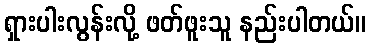
ရှားပါးလွန်းလို့ ဖတ်ဖူးသူ နည်းပါတယ်။